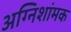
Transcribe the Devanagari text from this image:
अग्निशांमक